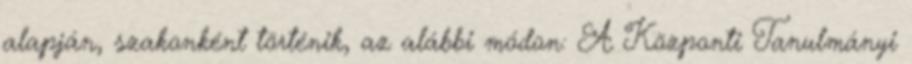
alapján, szakonként történik, az alábbi módon: A Központi Tanulmányi